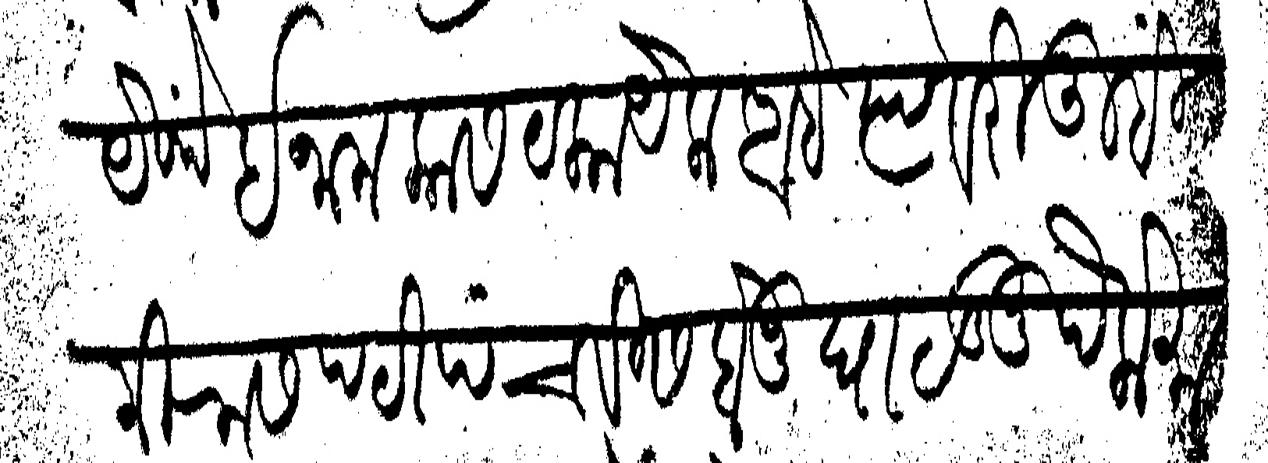
Transliteration (Devanagari): येथें इनाम कास टका येक आहे त्यावरी तुम्हीं मिरास पटी पंचवीस होनू घाळुनु पैके मागता